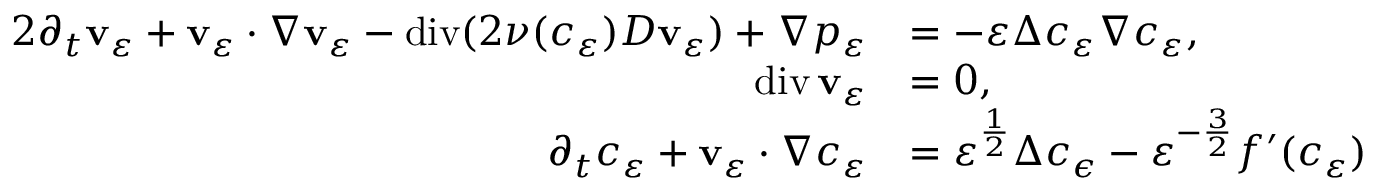
\begin{array} { r l } { { 2 } \partial _ { t } \mathbf { v } _ { \varepsilon } + \mathbf { v } _ { \varepsilon } \cdot \nabla \mathbf { v } _ { \varepsilon } - \operatorname { d i v } ( 2 \nu ( c _ { \varepsilon } ) D \mathbf { v } _ { \varepsilon } ) + \nabla p _ { \varepsilon } } & { = - \varepsilon \Delta c _ { \varepsilon } \nabla c _ { \varepsilon } , } \\ { \operatorname { d i v } \mathbf { v } _ { \varepsilon } } & { = 0 , } \\ { \partial _ { t } c _ { \varepsilon } + \mathbf { v } _ { \varepsilon } \cdot \nabla c _ { \varepsilon } } & { = \varepsilon ^ { \frac { 1 } { 2 } } \Delta c _ { \epsilon } - \varepsilon ^ { - \frac { 3 } { 2 } } f ^ { \prime } ( c _ { \varepsilon } ) } \end{array}